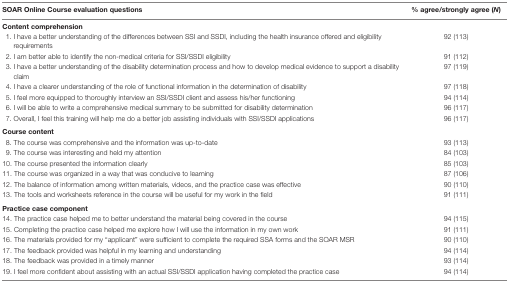
| SOAR Online Course evaluation questions | % agree/strongly agree (N) |
 | --- | --- |
 | <COLSPAN=2> Content comprehension |
 | 1. I have a better understanding of the differences between SSI and SSDI, including the health insurance offered and eligibility requirements | 92 (113) |
 | 2. I am better able to identify the non-medical criteria for SSI/SSDI eligibility | 91 (112) |
 | 3. I have a better understanding of the disability determination process and how to develop medical evidence to support a disability claim | 97 (119) |
 | 4. I have a clearer understanding of the role of functional information in the determination of disability | 97 (118) |
 | 5. I feel more equipped to thoroughly interview an SSI/SSDI client and assess his/her functioning | 94 (114) |
 | 6. I will be able to write a comprehensive medical summary to be submitted for disability determination | 96 (117) |
 | 7. Overall, I feel this training will help me do a better job assisting individuals with SSI/SSDI applications | 96 (117) |
 | <COLSPAN=2> Course content |
 | 8. The course was comprehensive and the information was up-to-date | 93 (113) |
 | 9. The course was interesting and held my attention | 84 (103) |
 | 10. The course presented the information clearly | 85 (103) |
 | 11. The course was organized in a way that was conducive to learning | 87 (106) |
 | 12. The balance of information among written materials, videos, and the practice case was effective | 90 (110) |
 | 13. The tools and worksheets reference in the course will be useful for my work in the field | 91 (111) |
 | <COLSPAN=2> Practice case component |
 | 14. The practice case helped me to better understand the material being covered in the course | 94 (115) |
 | 15. Completing the practice case helped me explore how I will use the information in my own work | 91 (111) |
 | 16. The materials provided for my “applicant” were sufficient to complete the required SSA forms and the SOAR MSR | 90 (110) |
 | 17. The feedback provided was helpful in my learning and understanding | 94 (114) |
 | 18. The feedback was provided in a timely manner | 93 (114) |
 | 19. I feel more confident about assisting with an actual SSI/SSDI application having completed the practice case | 94 (114) |